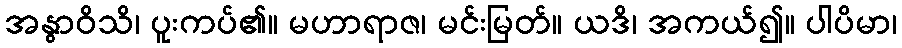
အနွာဝိသိ၊ ပူးကပ်၏။ မဟာရာဇ၊ မင်းမြတ်။ ယဒိ၊ အကယ်၍။ ပါပိမာ၊